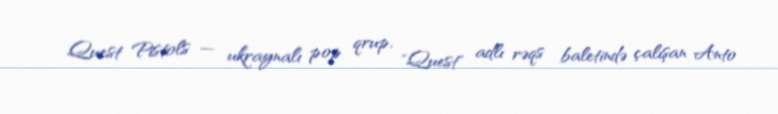
Quest Pistols — ukraynalı pop qrup, "Quest" adlı rəqs baletində çalışan Anto